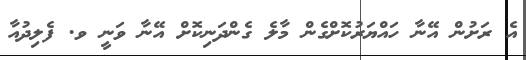
އެ ރަށުން އޭނާ ހައްޔަރުކޮށްގެން މާލެ ގެންދަނިކޮށް އޭނާ ވަނީ ވ. ފެލިދުއާ